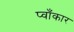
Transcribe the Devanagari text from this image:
प्वाँकार